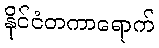
နိုင်ငံတကာရောက်